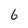
Character: 6